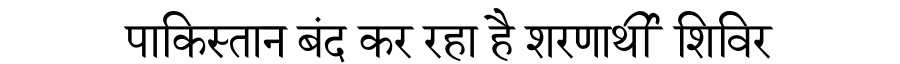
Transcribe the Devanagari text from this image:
पाकिस्तान बंद कर रहा है शरणार्थी शिविर